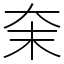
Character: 㭐